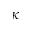
\kappa